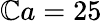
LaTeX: \mathbb{C}a=25